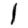
Digit: 1